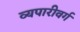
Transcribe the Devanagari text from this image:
व्यपारीवर्ग